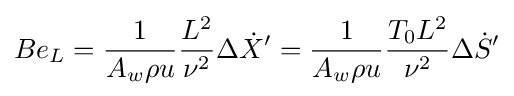
Be_{L}={\frac {1}{A_{w}\rho u}}{\frac {L^{2}}{\nu ^{2}}}\Delta {\dot {X}}'={\frac {1}{A_{w}\rho u}}{\frac {T_{0}L^{2}}{\nu ^{2}}}\Delta {\dot {S}}'